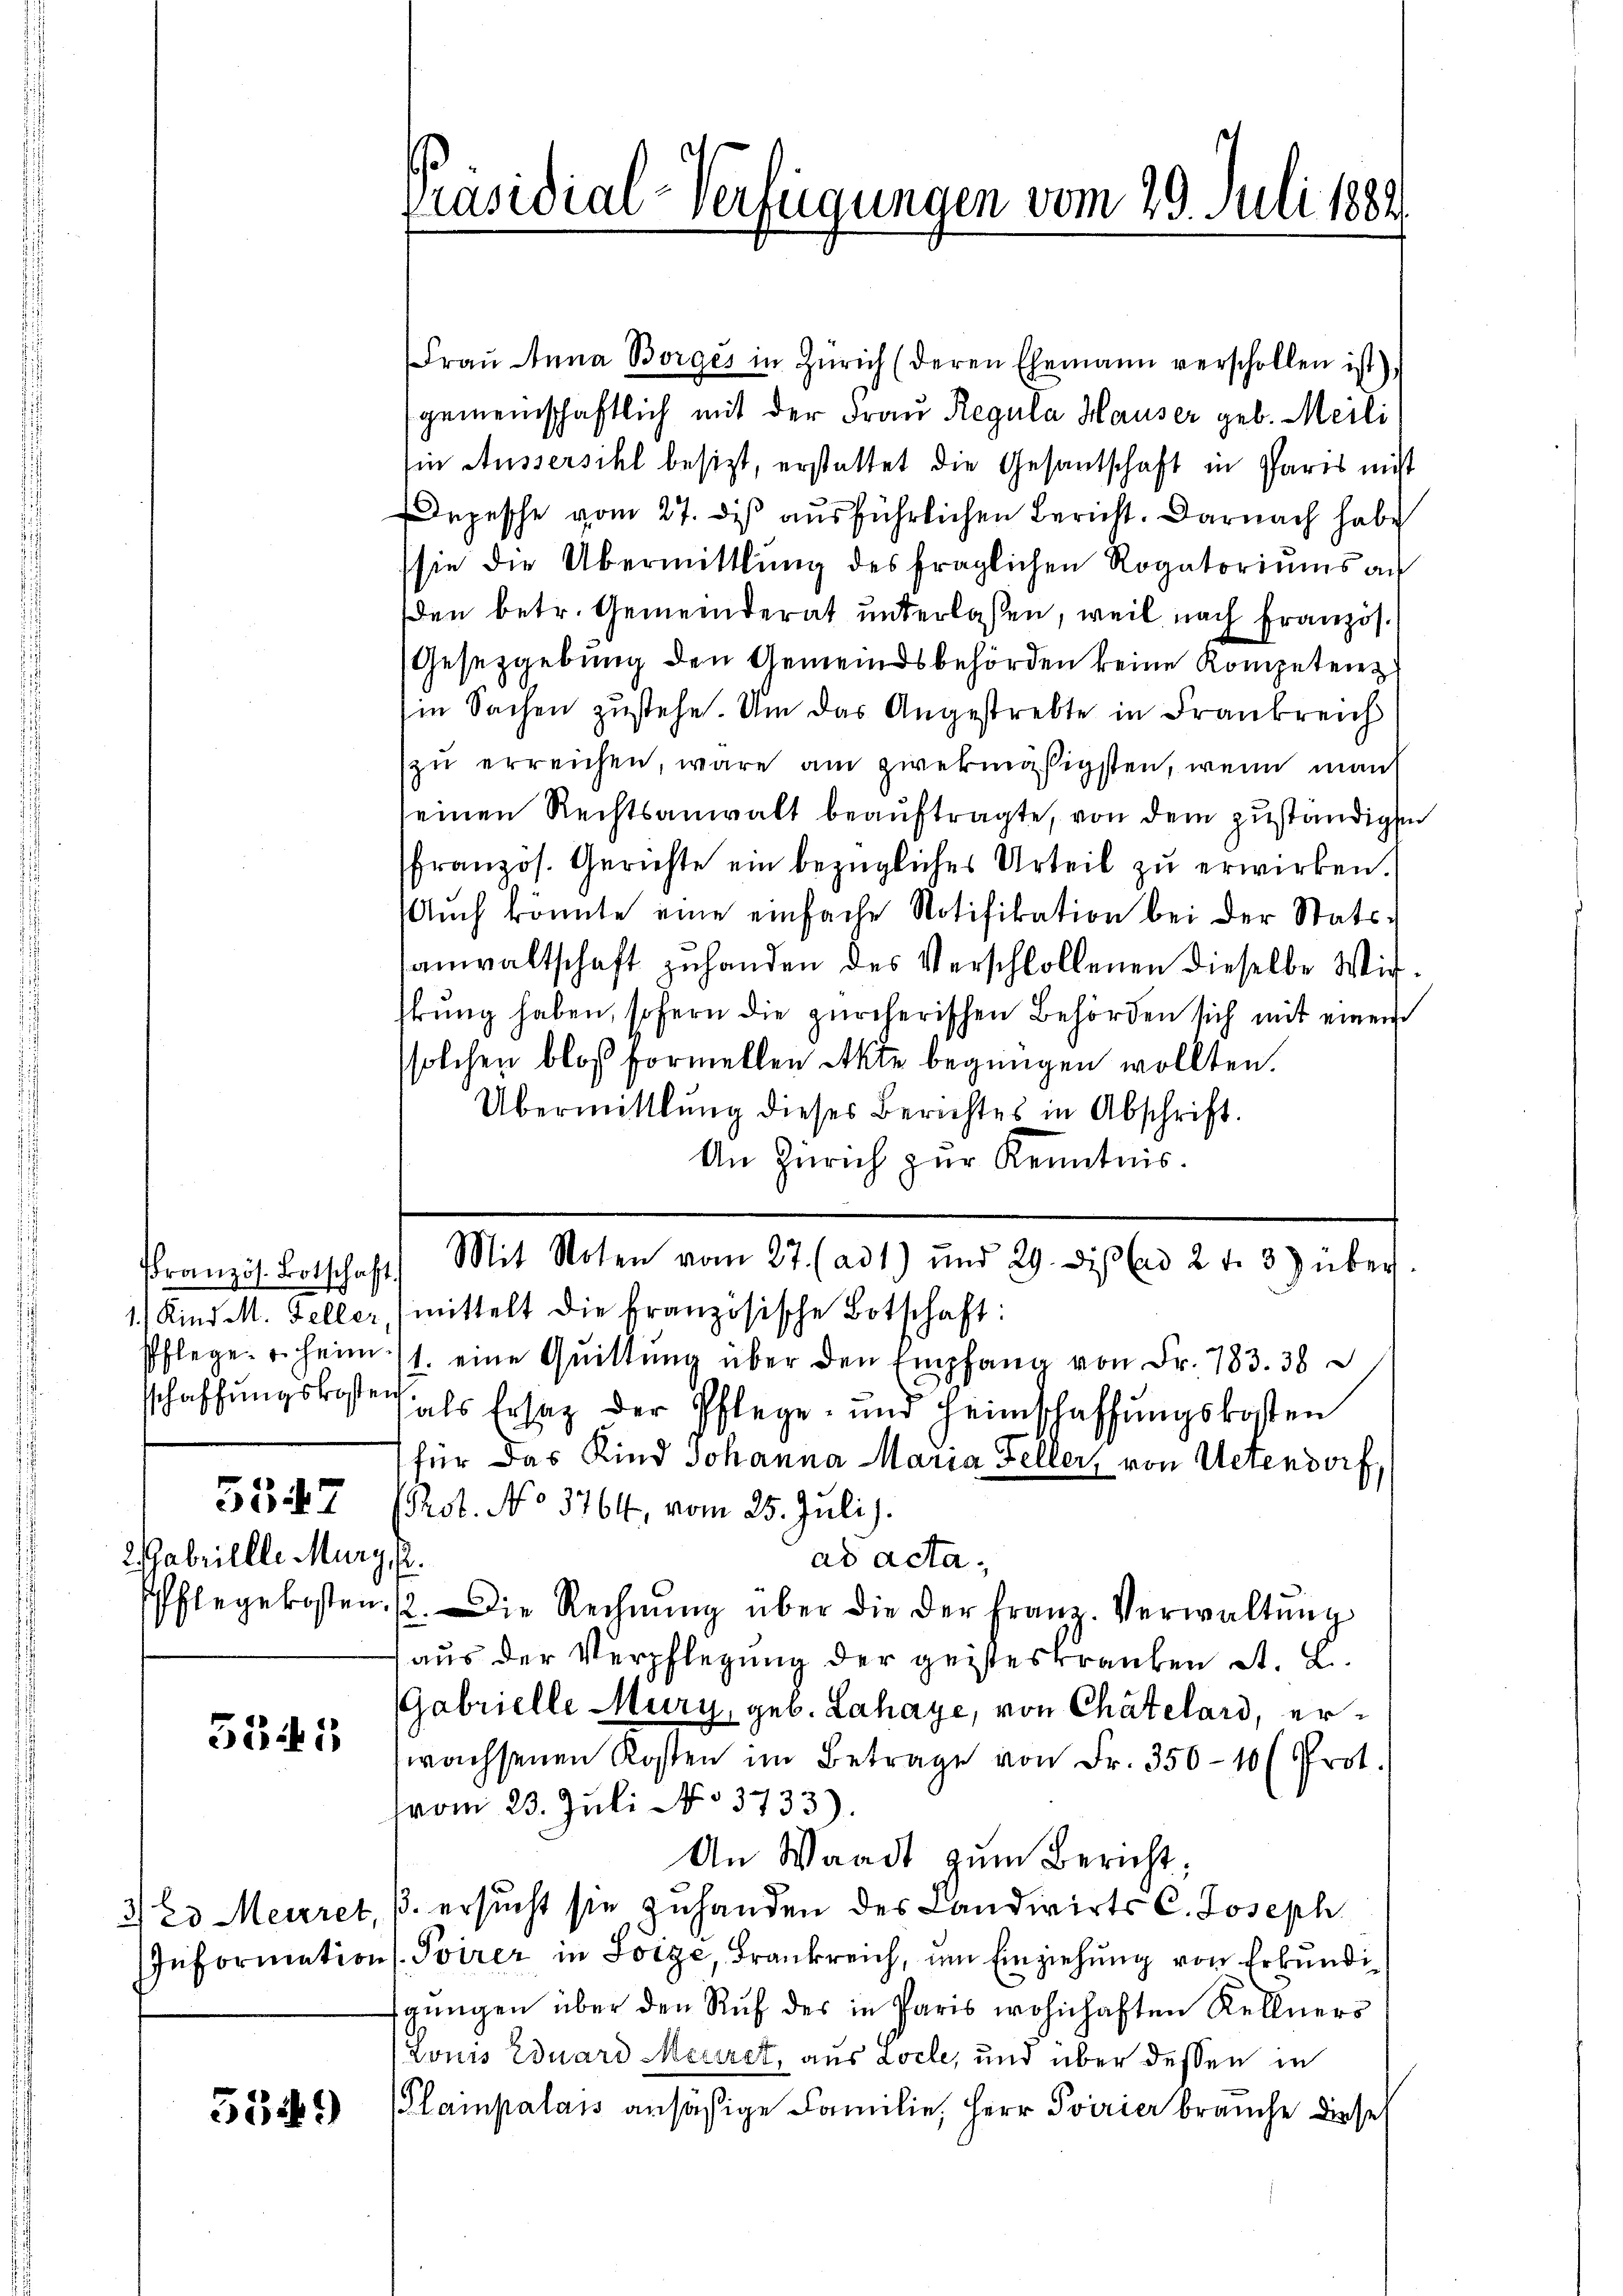
5547
2abrillle Mury, p.

5341

5549)

Präsidial-Verfügungen vom 29. Juli 1882

Fraŭ Anna Borges in Zürich (deren Ehemann verschollen ist),
gemeinschaftlich mit der Frau Regula Hauser geb. Meili
Ein Aussersihl besizt, erstattet die Gesantschaft in Paris nicht
Depesche vom 27. dieß ausführlichen Bericht. Darnach habe
sie die Übermittlung des fraglichen Rogatoriŭms an
den betr. Gemeinderat unterlassen, weil nach Französ.
Gesetzgebung den Gemeindsbehörden keine Kompetenz
Ein Sachen zustehe. Um das Angestrebte in Frankreich
zu erreichen, wäre am zwekmäßigsten, wenn man
seinen Rechtsanwalt beauftragte, von dem zuständigen
französ. Gerichte ein bezügliches Urteil zu erwirken.
Auch könnte eine einfache Notifikation bei der Stats-
sanwaltschaft zuhanden des Verschlollenen dieselbe Wirstŭng haben, sofern die zürcherischen Behörden sich mit einem
solchen bloß formellen Akte begnügen wollten.
Übermittlung dieses Berichtes in Abschrift.
An Zürich zur Kenntnis.
1) Kind M. Feller, (mittelt die französische Botschaft:
Pflege u. heim /1. eine Quittung über den Empfang von Fr. 783. 38
schaffŭngskosten als Ersatz der Pflege und Heimschaffŭngskosten
für das Kind Johanna Maria Feller, von Uetendorf,
(Rot. No 3764, vom 25. Juli).
ad acta.
Pflegekosten. /. die Rechnŭng über die der Franz. Verwaltŭng
aus der Verpflegung der geisteskranken A. L.
(Gabrielle Mury, geb. Lahaye, von Chatelard, erwachsenen Kosten im Betrage von Fr. 350-10 (Prot.
vom 23. Juli No 3733).
An Waadt zum Bericht;
323 Meieret, B. ersucht sie zuhanden des Landwirts C. Joseph
Information (Toirer in Soize, Frankreich, im Einziehung von Erkundigŭngen über den Ruf des in Paris wohnhaften Rellners
Lonis Eduard Meriret, aus Loche, und über dessen in
Plampalais ansäßige Familie, Herr Svirier brauche diese

französ. Botschaft. Mit Noten vom 27. (ad 1) und 29. di ad 2 f. 8) über.